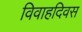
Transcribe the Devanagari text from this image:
विवाहदिवस